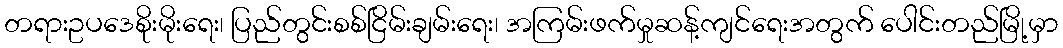
တရားဥပဒေစိုးမိုးရေး၊ ပြည်တွင်းစစ်ငြိမ်းချမ်းရေး၊ အကြမ်းဖက်မှုဆန့်ကျင်ရေးအတွက် ပေါင်းတည်မြို့မှာ